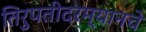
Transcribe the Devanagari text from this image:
तिरुपतीदरम्यानचे